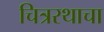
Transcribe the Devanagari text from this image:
चित्ररथाचा